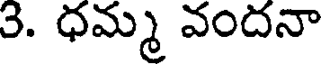
3. ధమ్మ వందనా